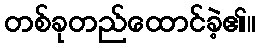
တစ်ခုတည်ထောင်ခဲ့၏။